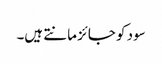
سود کو جائز مانتے ہیں۔